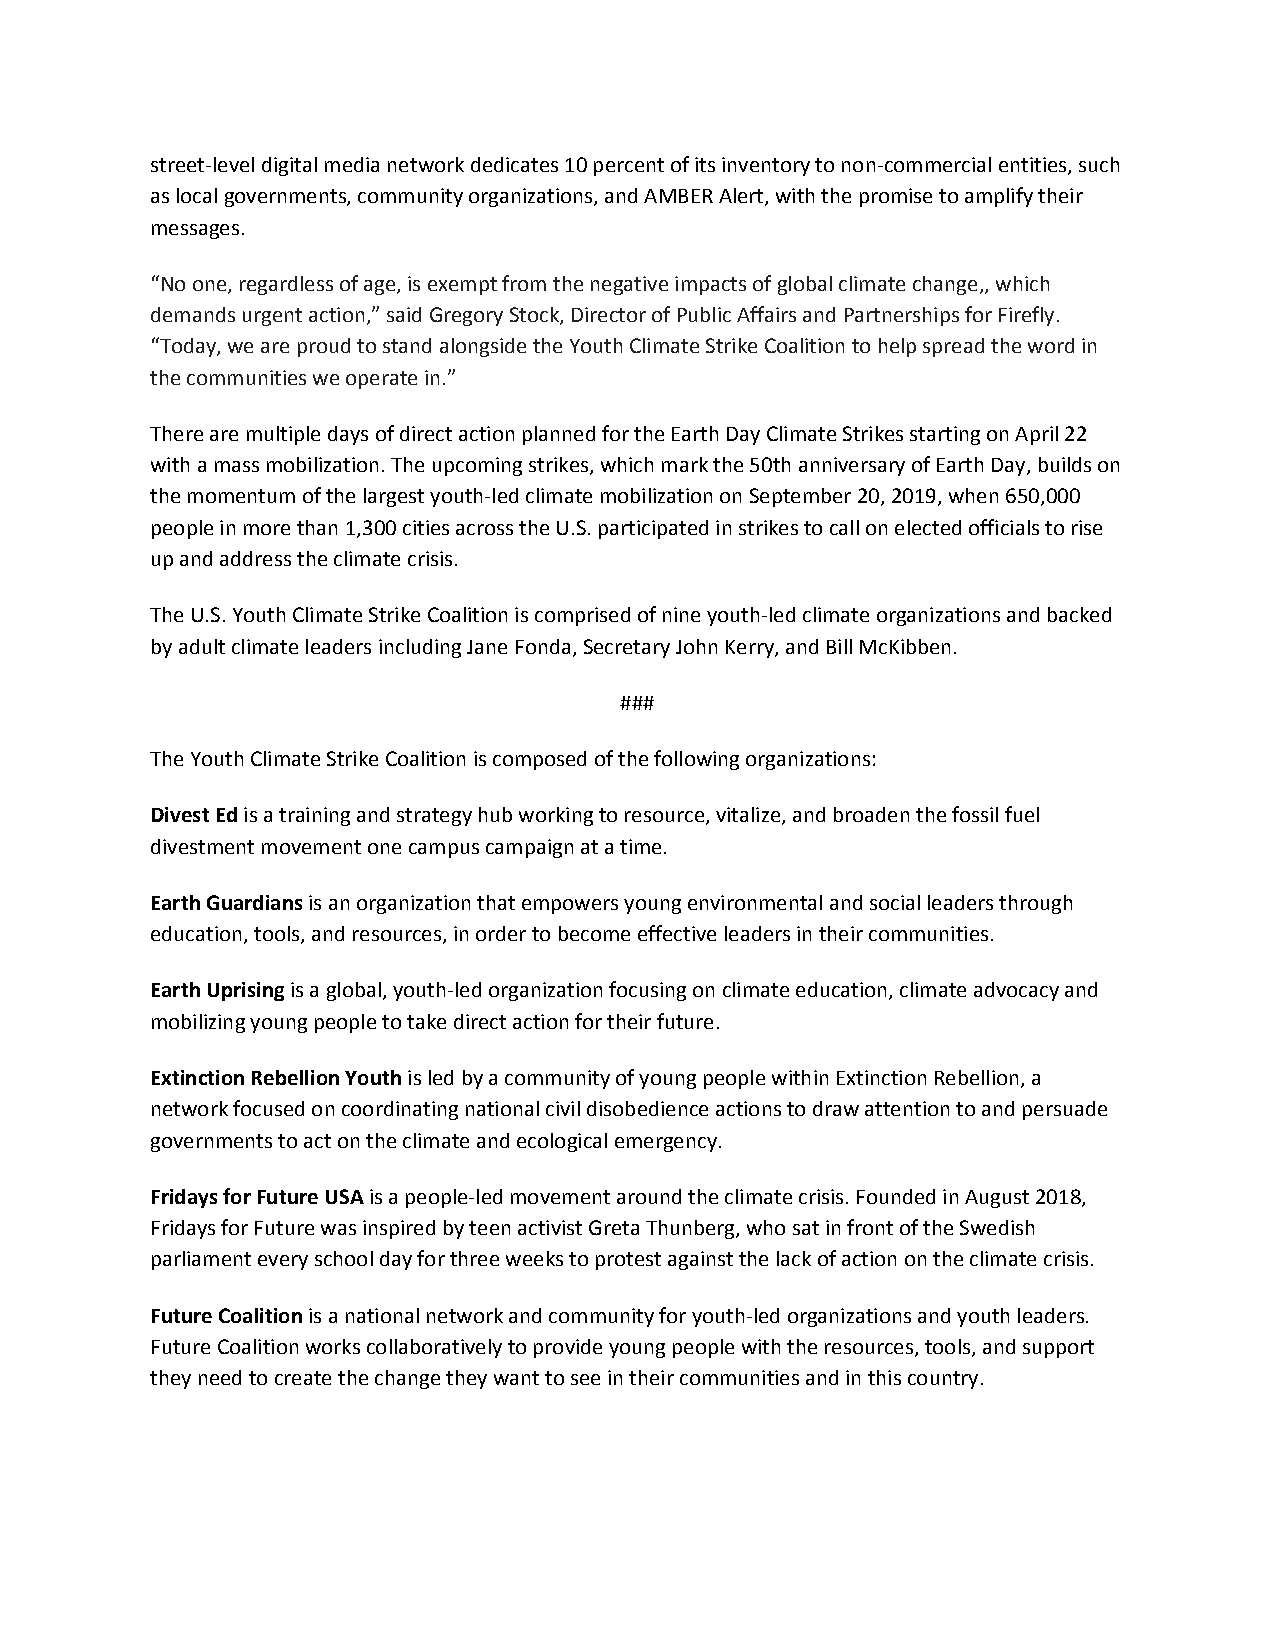
street-level digital media network dedicates 10 percent of its inventory to non-commercial entities, such
 as local governments, community organizations, and AMBER Alert, with the promise to amplify their
 messages.
 “No one, regardless of age, is exempt from the negative impacts of global climate change,, which
 demands urgent action,” said Gregory Stock, Director of Public Affairs and Partnerships for Firefly.
 “Today, we are proud to stand alongside the Youth Climate Strike Coalition to help spread the word in
 the communities we operate in.”
 There are multiple days of direct action planned for the Earth Day Climate Strikes starting on April 22
 with a mass mobilization. The upcoming strikes, which mark the 50th anniversary of Earth Day, builds on
 the momentum of the largest youth-led climate mobilization on September 20, 2019, when 650,000
 people in more than 1,300 cities across the U.S. participated in strikes to call on elected officials to rise
 up and address the climate crisis.
 The U.S. Youth Climate Strike Coalition is comprised of nine youth-led climate organizations and backed
 by adult climate leaders including Jane Fonda, Secretary John Kerry, and Bill McKibben.
 ###
 The Youth Climate Strike Coalition is composed of the following organizations:
 Divest Ed is a training and strategy hub working to resource, vitalize, and broaden the fossil fuel
 ​
 divestment movement one campus campaign at a time.
 Earth Guardians is an organization that empowers young environmental and social leaders through
 ​
 education, tools, and resources, in order to become effective leaders in their communities.
 Earth Uprising is a global, youth-led organization focusing on climate education, climate advocacy and
 ​
 mobilizing young people to take direct action for their future.
 Extinction Rebellion Youth is led by a community of young people within Extinction Rebellion, a
 ​
 network focused on coordinating national civil disobedience actions to draw attention to and persuade
 governments to act on the climate and ecological emergency.
 Fridays for Future USA is a people-led movement around the climate crisis. Founded in August 2018,
 ​
 Fridays for Future was inspired by teen activist Greta Thunberg, who sat in front of the Swedish
 parliament every school day for three weeks to protest against the lack of action on the climate crisis.
 Future Coalition is a national network and community for youth-led organizations and youth leaders.
 ​
 Future Coalition works collaboratively to provide young people with the resources, tools, and support
 they need to create the change they want to see in their communities and in this country.